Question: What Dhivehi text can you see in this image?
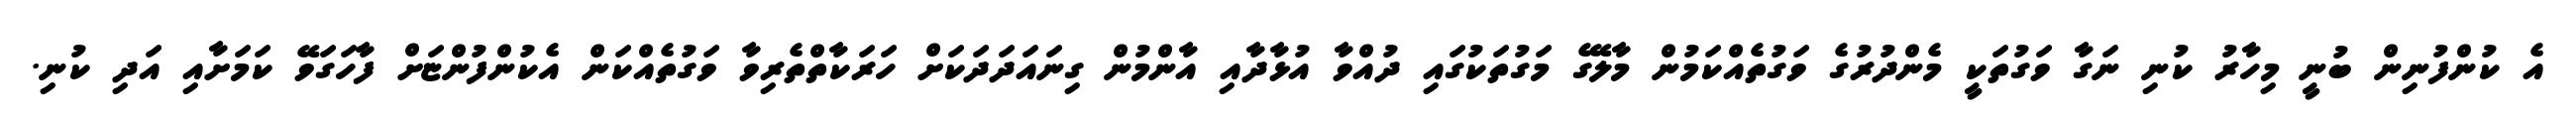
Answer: އެ ކުންފުނިން ބުނީ މިހާރު ކުނި ނަގާ ވަގުތަކީ މެންދުރުގެ ވަގުތެއްކަމުން މާލޭގެ މަގުތަކުގައި ދުއްވާ އުޅާދާއި އާންމުން ގިނައަދަދަކަށް ހަރަކާތްތެރިވާ ވަގުތެއްކަން އެކުންފުންޏަށް ފާހަގަވޭ ކަމަށާއި އަދި ކުނި.